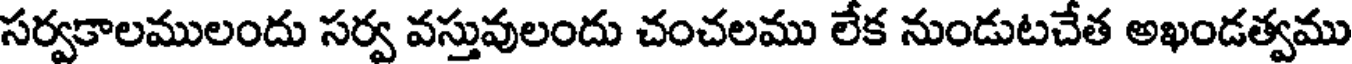
సర్వకాలములందు సర్వ వస్తువులందు చంచలము లేక నుండుటచేత అఖండత్వము